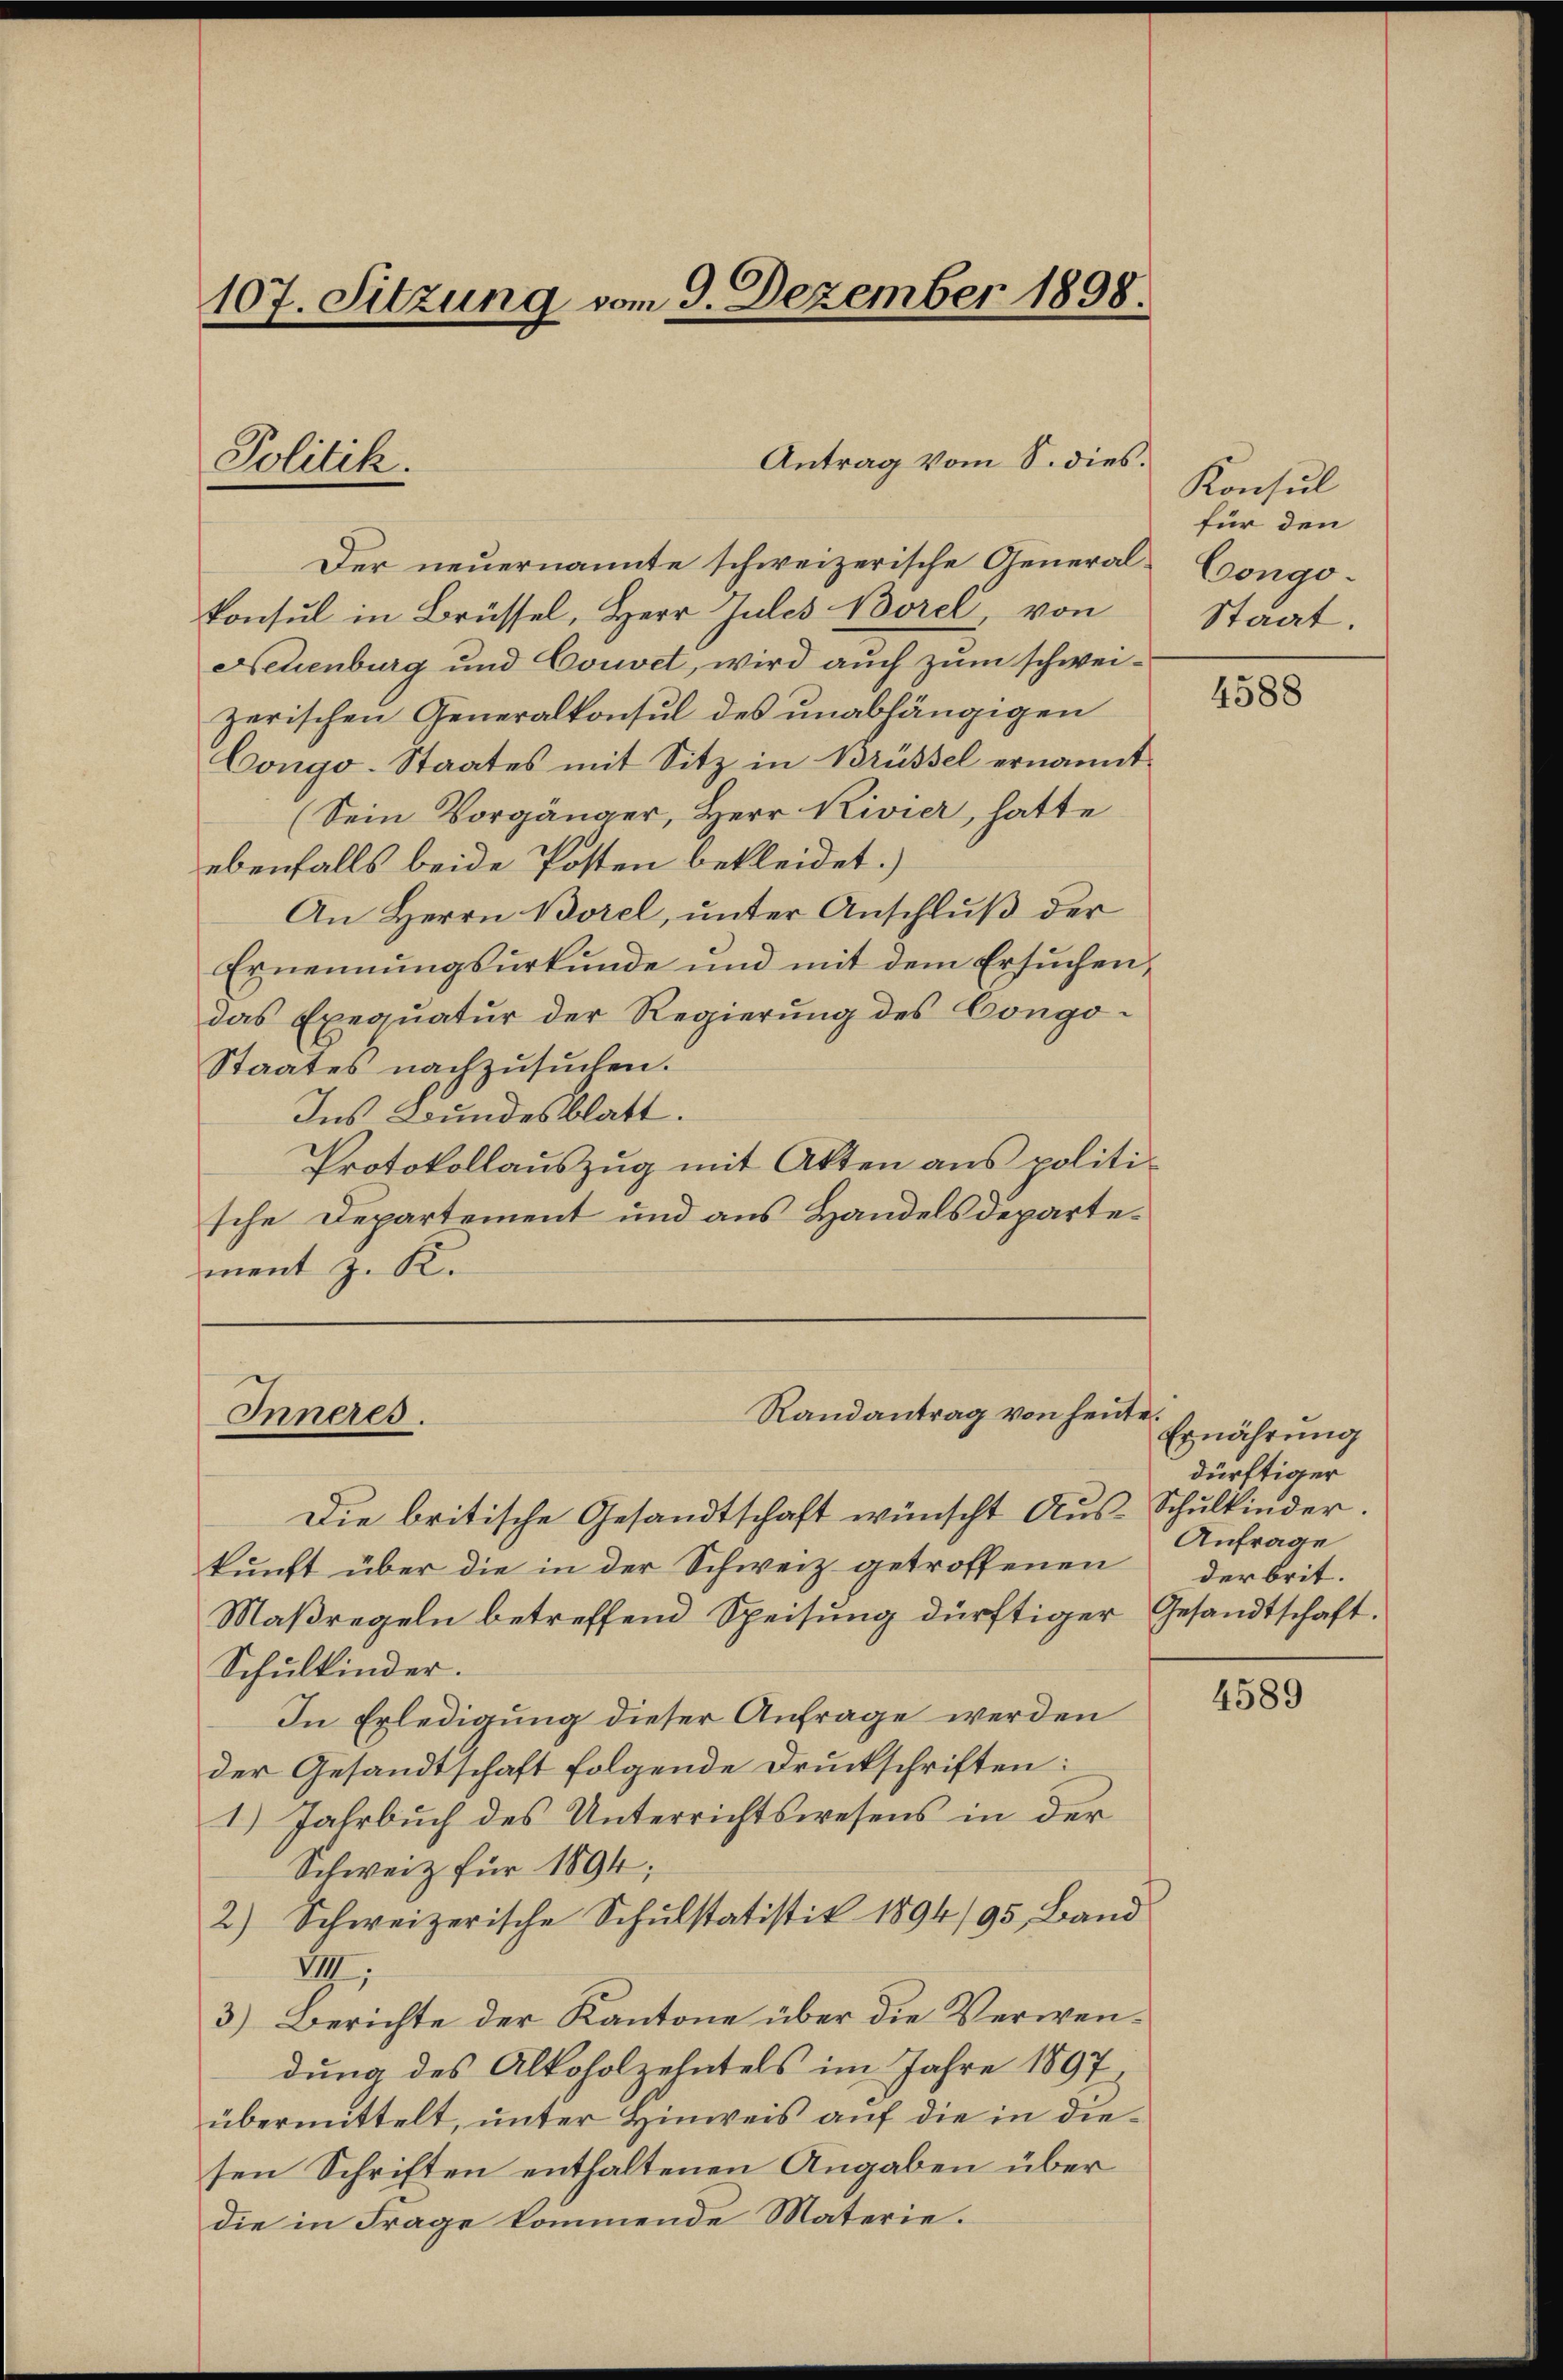
107. Sitzung vom 9. Dezember 1898.

Politik.

Inneres.

Antrag vom S. dies.

Der neuernannte schweizerische Generalkonsul in Brüssel, Herr Jules Borel von
Neuenburg und Couvet, wird auch zum schweizerischen Generalkonsul des unabhängigen
Congo-Staates mit Sitz in Brüssel ernannt.
(Sein Vorgänger, Herr Rivier, hatte
ebenfalls beide Posten bekleidet.)
An Herrn Borel, unter Anschlŭβ der
Ernennungsurkunde und mit dem Ersuchendas Exequatur der Regierung des Congo-
Staates nachzusuchen.
Ins Bundesblatt.
Protokollauszug mit Akten aus politische Departement und aus Handelsdepartement z. K.

Randantrag von heute.

Die britische Gesandtschaft wünscht Aus-Schulkinder.
kunft über die in der Schweiz getroffenen
Maßregeln betreffend Speisung dürftiger Gesandtschaft.
Schulkinder.
In Erledigung dieser Anfrage werden
der Gesandtschaft folgende Druckschriften:
1.) Jahrbuch des Unterrichtswesens in der
Schweiz für 1894;
2) Schweizerische Schulstatistik 1894/95 Band
VIII.
3.) Berichte der Kantone über die Verwendung des Alkoholzehntels im Jahre 1897
übermittelt, unter Hinweis auf die in diesen Schriften enthaltenen Angaben über
die in Frage kommende Materie.

Konsul
für den
Congo.
Staat.

4588

Ernährung
dürftiger
Anfrage
derbrit.

4589